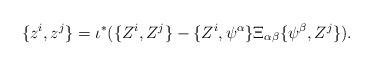
LaTeX: \begin{align*}\{z^i, z^j\} = \iota^* (\{Z^i, Z^j\} - \{Z^i, \psi^\alpha\}\Xi_{\alpha \beta} \{\psi^\beta, Z^j\}).\end{align*}